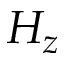
H _ { z }